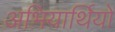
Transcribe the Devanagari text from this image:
अभियार्थियो